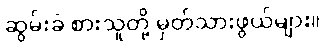
ဆွမ်းခံ စားသူတို့ မှတ်သားဖွယ်များ။